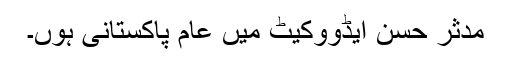
مدثر حسن ایڈووکیٹ میں عام پاکستانی ہوں۔